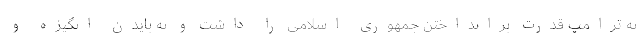
نه ترامپ قدرت برانداختن جمهوری اسلامی را داشت و نه بایدن انگیزه و